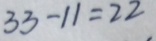
3 3 - 1 1 = 2 2